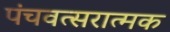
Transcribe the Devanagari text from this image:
पंचवत्सरात्मक